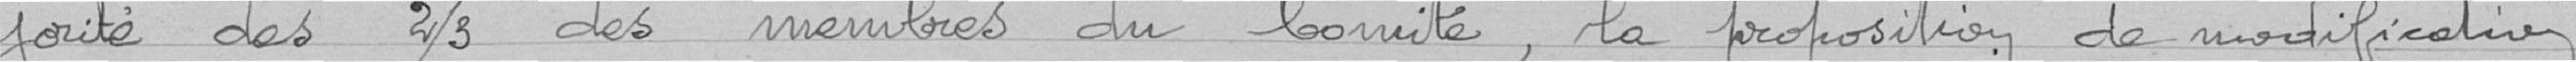
itié des deux tiers du Comité, la proposition de modification